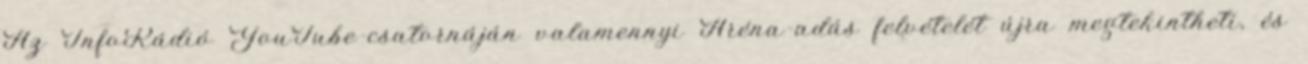
Az InfoRádió YouTube-csatornáján valamennyi Aréna-adás felvételét újra megtekintheti, és